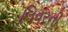
લિવરની